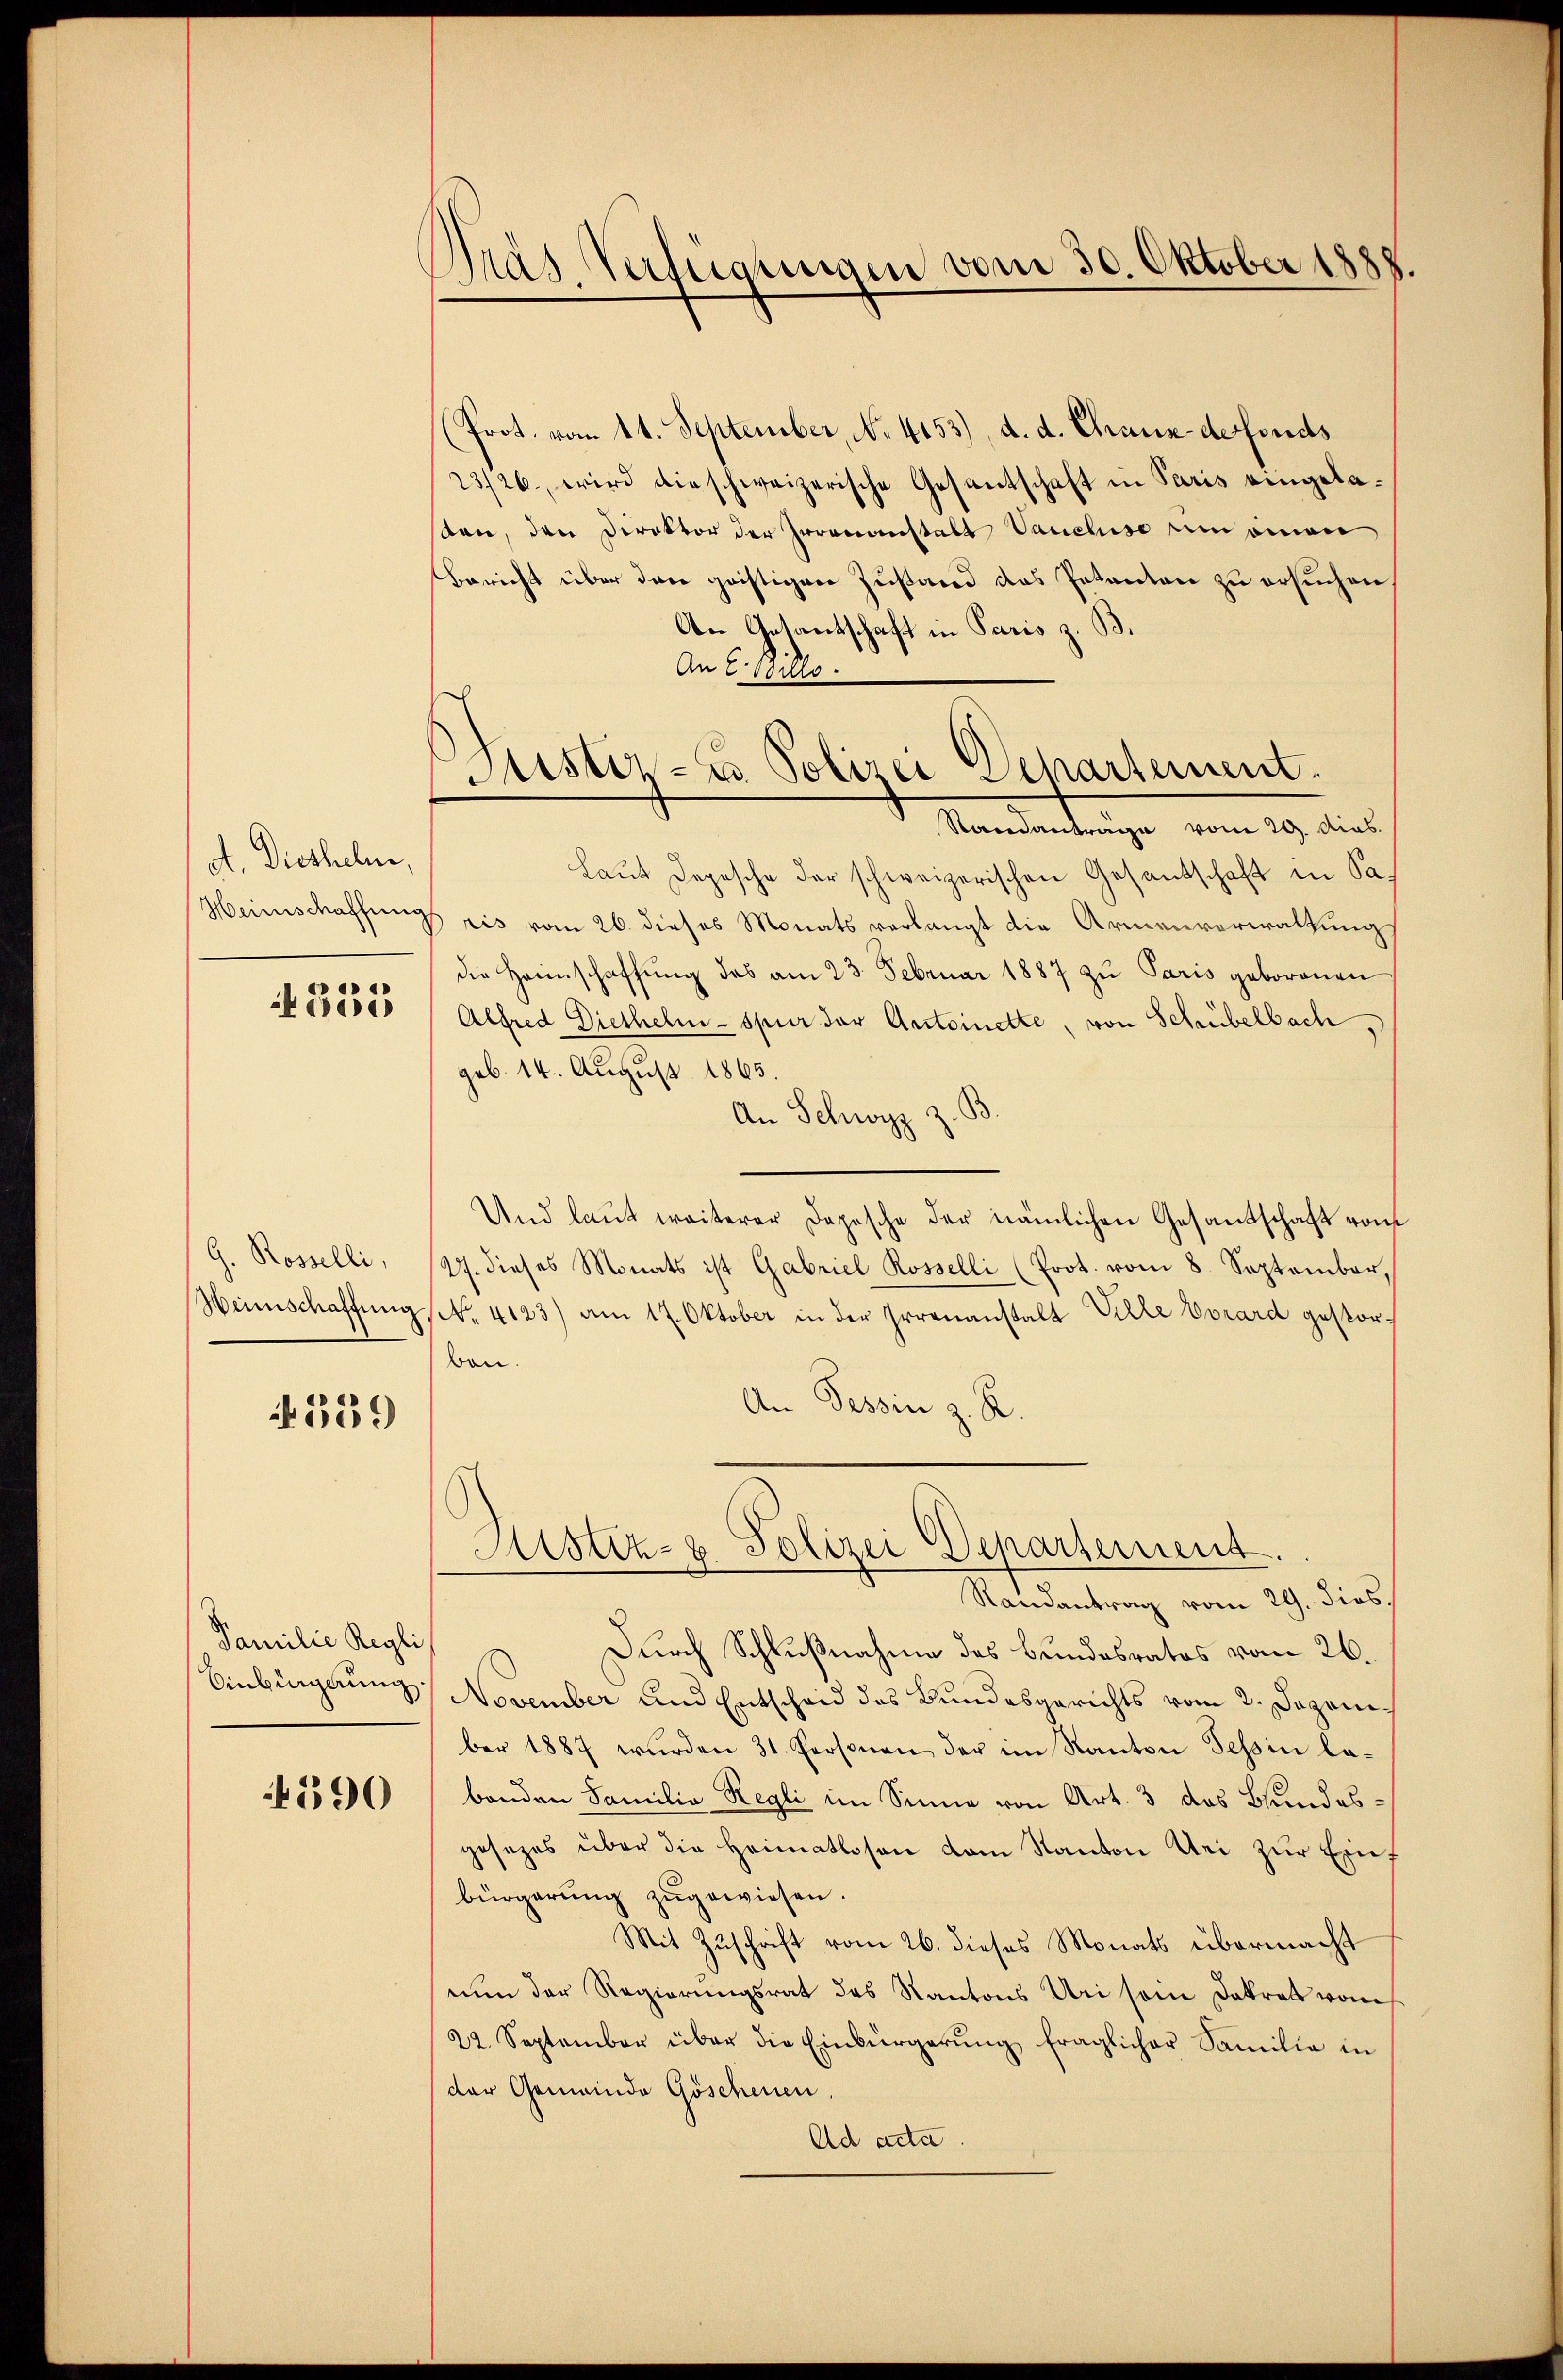
dt. Diethelm,

335

G. Rosselli,
Winschaffung

529

Familie Regli
Einbürgerung.

590

Pras Verfügungen vom 30. Oktober 1888.

(Prot. vom 11. September, No. 4153), d. d. Chaux-defonds
23/26., wird die schweizerische Gesantschaft in Paris eingelasten, den Direktor der Irrenanstalt Vancluso ein einen
Bericht über den geistigen Zustand das Petenten zu ersuchen.
An Gesantschaft in Paris z. B.
An 2. Billo
Standanträge vom 29. Dias.
Laut Depesche der schweizerischen Gesandschaft in Sa
Weinschaffungs ris vom 26. dieses Monats verlangt die Armenverwaltung
die Heimschaffŭng des am 23. Februar 1887 zu Paris geborenen
Alfred Dietheln - spur der Antoinette, von Schübelbach,
geb. 14. August 1865.
An Schwyz
Und laut weiterer Depesche der nämlichen Gesandschaft vom
27. dieses Monats ist Gabriel Rosselli (Prot. vom 8. September,
(. 4123) am 17. Oktober in der Irrenanstalt Ville Vorard gestorben.
An Tessin z. R.
Aistiz- & Polizei Departement.
Randantrag vom 29. dies
Durch Schlußnahme des Bundesrates vom 26.
November und Entscheid des Bundesgerichts vom 2. Dezember 1887 wurden 31. Personen der im Kanton Tessin labanden Familie Regli im Sinne von Art. 3 das Bundesgesezes über die Heimatlosen dem Kanton Uri zur Einbürgerŭng zugewiesen.
Mit Zuschrift vom 26. dieses Monats übermacht
nun der Regierungsrat des Kantons Uri sein Dekrets vom
22. September über die Einbürgerŭng fraglicher Familie in
(der Gemeinde Göschenen,
Ad acta

Justiz- u Polizei Departement.